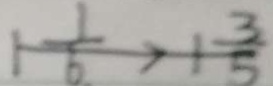
1 \frac { 1 } { 6 } > 1 \frac { 3 } { 5 }